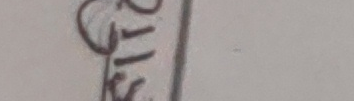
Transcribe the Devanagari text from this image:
११